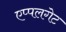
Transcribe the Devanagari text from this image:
एप्पलगेट